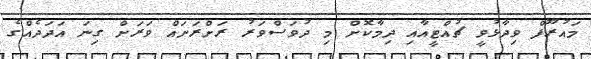
މައުރޫފް ވިދާޅުވީ ޗުއްޓީއާއި ދިމާކޮށް މި ދުވަސްވަރު ރަށްރަށައް ވަރަށް ގިނަ އަދަދެއްގެ